Annual report of the Imperial Bacteriological Laboratory, Muktesar
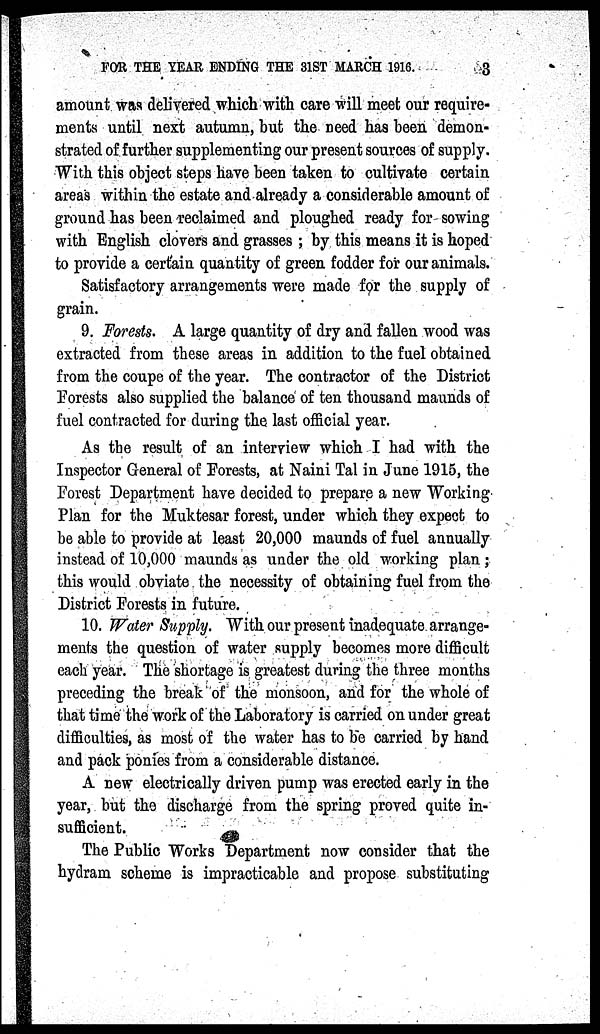
FOR THE YEAR ENDING THE 31ST MARCH 1916.
3
amount was delivered which with care will meet our require-
ments until next autumn, but the need has been demon-
strated of further supplementing our present sources of supply.
With this object steps have been taken to cultivate certain
areas within the estate and already a considerable amount of
ground has been reclaimed and ploughed ready for sowing
with English clovers and grasses ; by this means it is hoped
to provide a certain quantity of green fodder for our animals.
Satisfactory arrangements were made for the supply of
grain.
9. Forests. A large quantity of dry and fallen wood was
extracted from these areas in addition to the fuel obtained
from the coupe of the year. The contractor of the District
Forests also supplied the balance of ten thousand maunds of
fuel contracted for during the last official year.
As the result of an interview which I had with the
Inspector General of Forests, at Naini Tal in June 1915, the
Forest Department have decided to prepare a new Working
Plan for the Muktesar forest, under which they expect to
be able to provide at least 20,000 maunds of fuel annually
instead of 10,000 maunds as under the old working plan ;
this would obviate the necessity of obtaining fuel from the
District Forests in future.
10. Water Supply. With our present inadequate arrange-
ments the question of water supply becomes more difficult
each year. The shortage is greatest during the three months
preceding the break of the monsoon, and for the whole of
that time the work of the Laboratory is carried on under great
difficulties, as most of the water has to be carried by hand
and pack ponies from a considerable distance.
A new electrically driven pump was erected early in the
year, but the discharge from the spring proved quite in-
sufficient.
The Public Works Department now consider that the
hydram scheme is impracticable and propose substituting